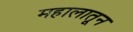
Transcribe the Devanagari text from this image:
महालातून